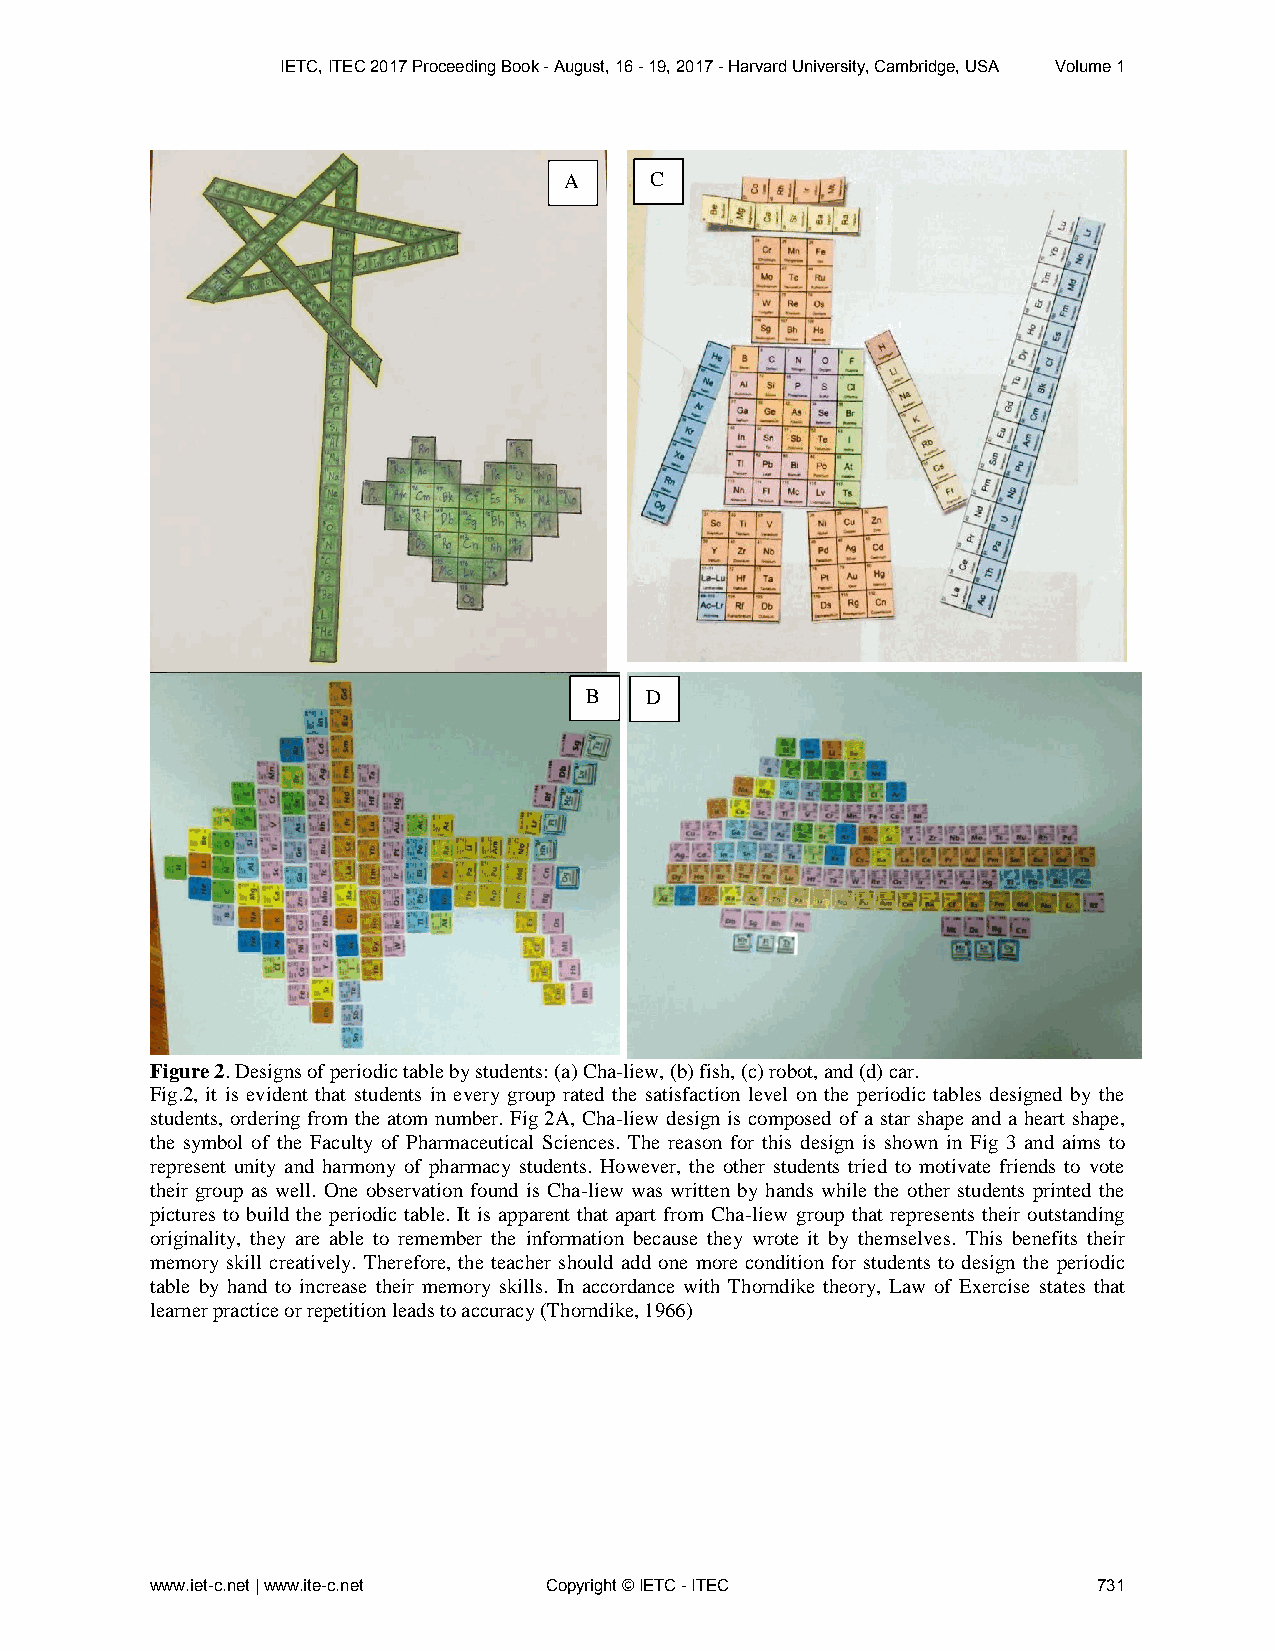
IETC, ITEC 2017 Proceeding Book - August, 16 - 19, 2017 - Harvard University, Cambridge, USA Volume 1
 A     C
 B   D
 Figure 2. Designs of periodic table by students: (a) Cha-liew, (b) fish, (c) robot, and (d) car.
 Fig.2, it is evident that students in every group rated the satisfaction level on the periodic tables designed by the
 students, ordering from the atom number. Fig 2A, Cha-liew design is composed of a star shape and a heart shape,
 the symbol of the Faculty of Pharmaceutical Sciences. The reason for this design is shown in Fig 3 and aims to
 represent unity and harmony of pharmacy students. However, the other students tried to motivate friends to vote
 their group as well. One observation found is Cha-liew was written by hands while the other students printed the
 pictures to build the periodic table. It is apparent that apart from Cha-liew group that represents their outstanding
 originality, they are able to remember the information because they wrote it by themselves. This benefits their
 memory skill creatively. Therefore, the teacher should add one more condition for students to design the periodic
 table by hand to increase their memory skills. In accordance with Thorndike theory, Law of Exercise states that
 learner practice or repetition leads to accuracy (Thorndike, 1966)
 www.iet-c.net | www.ite-c.net Copyright © IETC - ITEC          731